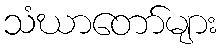
သံဃာတော်များ